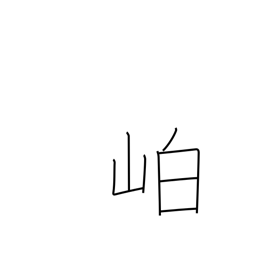
Meaning: dense mountain vegetation